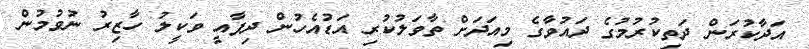
އަދާކުރަން ދަތިކުރުމުގެ ދައުވާގެ މިއަދަށް ތާވަލުކުރި އަޑުއެހުން ދިފާއީ ވަކީލު ހާޒިރު ނުވުމުން